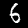
Digit: 6